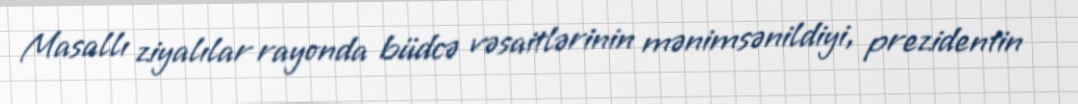
Masallı ziyalılar rayonda büdcə vəsaitlərinin mənimsənildiyi, prezidentin